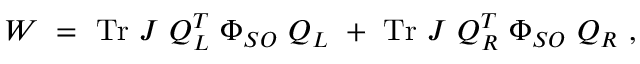
W ~ = ~ \mathrm { T r } ~ J ~ Q _ { L } ^ { T } ~ \Phi _ { S O } ~ Q _ { L } ~ + ~ \mathrm { T r } ~ J ~ Q _ { R } ^ { T } ~ \Phi _ { S O } ~ Q _ { R } ~ ,